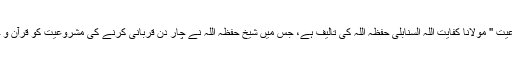
زیر نظر رسالہ '' چار دن قربانی کی مشروعیت '' مولانا کفایت اللہ السنابلی حفظہ اللہ کی تالیف ہے، جس میں شیخ حفظہ اللہ نے چار دن قربانی کرنے کی مشروعیت کو قرآن و حدیث سے دلائل دیتے ہوئے ثابت کیا ہے ۔